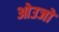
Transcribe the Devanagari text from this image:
ओउजो